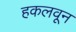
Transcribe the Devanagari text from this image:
हकलवून